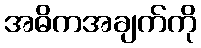
အဓိကအချက်ကို